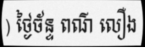
) ថ្ងៃច័ន្ទ ពណ៌ លឿង